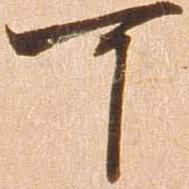
可